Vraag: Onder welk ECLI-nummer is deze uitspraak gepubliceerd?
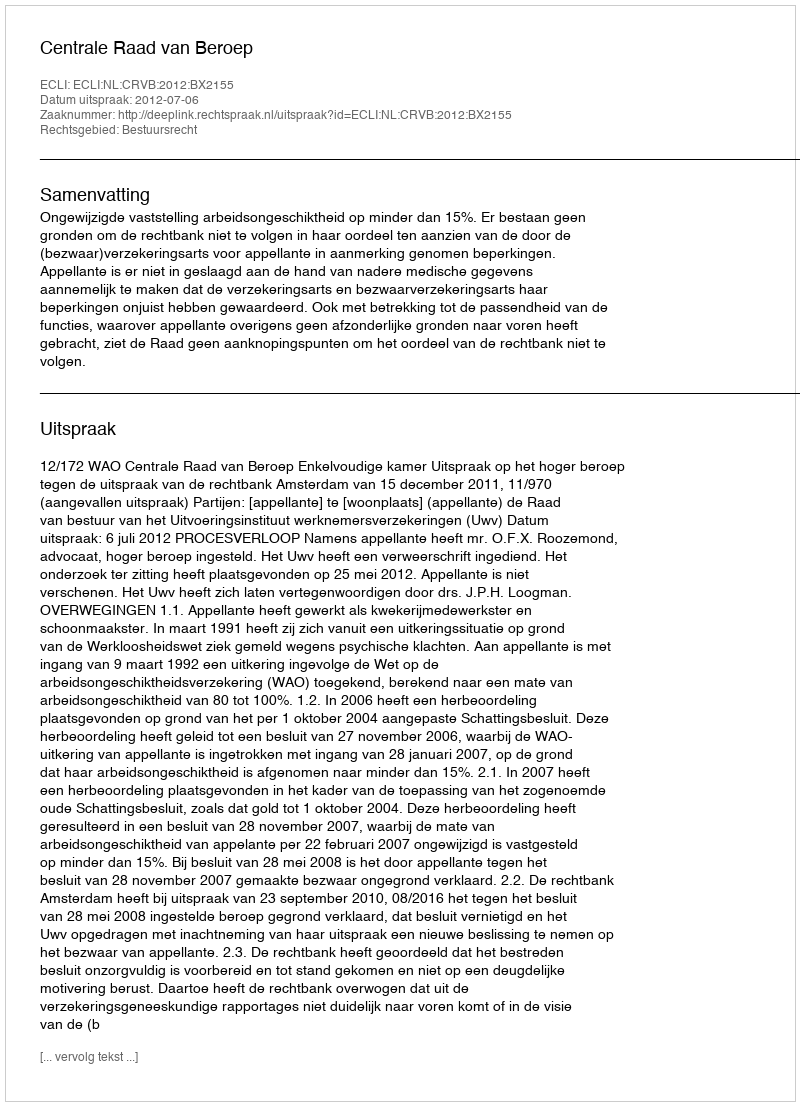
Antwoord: ECLI:NL:CRVB:2012:BX2155